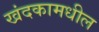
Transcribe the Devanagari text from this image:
खंदकामधील